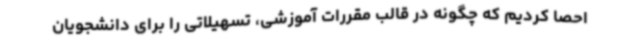
احصا کردیم که چگونه در قالب مقررات آموزشی، تسهیلاتی را برای دانشجویان